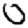
Digit: 0